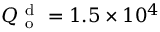
Q _ { \mathrm { ~ o ~ } } ^ { \mathrm { ~ d ~ } } = 1 . 5 \times 1 0 ^ { 4 }